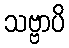
သဗ္ဗာပိ